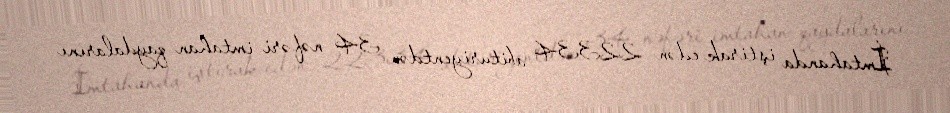
İmtahanda iştirak edən 22334 abituriyentdən 34 nəfəri imtahan qaydalarını